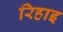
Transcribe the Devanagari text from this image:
रिहाइ